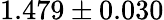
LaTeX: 1.479\pm 0.030